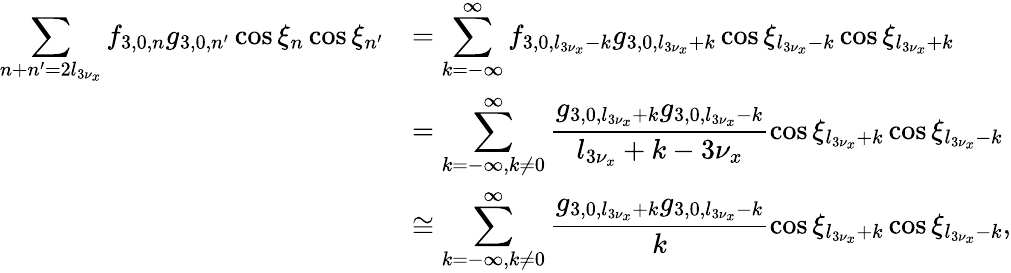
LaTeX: \begin{array}{cl}{\displaystyle\sum_{n+n^{\prime}=2l_{3\nu_{x}}}{f_{3,0,n}g_{3,0,n^{\prime}}\cos{\xi_{n}}\cos{\xi_{n^{\prime}}}}}&{=\displaystyle\sum_{k=-\infty}^{\infty}{f_{3,0,l_{3\nu_{x}}-k}g_{3,0,l_{3\nu_{x}}+k}\cos{\xi_{l_{3\nu_{x}}-k}}\cos{\xi_{l_{3\nu_{x}}+k}}}}\\ &{=\displaystyle\sum_{k=-\infty,k\neq 0}^{\infty}{\frac{g_{3,0,l_{3\nu_{x}}+k}g_{3,0,l_{3\nu_{x}}-k}}{l_{3\nu_{x}}+k-3\nu_{x}}\cos{\xi_{l_{3\nu_{x}}+k}}\cos{\xi_{l_{3\nu_{x}}-k}}}}\\ &{\cong\displaystyle\sum_{k=-\infty,k\neq 0}^{\infty}{\frac{g_{3,0,l_{3\nu_{x}}+k}g_{3,0,l_{3\nu_{x}}-k}}{k}\cos{\xi_{l_{3\nu_{x}}+k}}\cos{\xi_{l_{3\nu_{x}}-k}}},}\end{array}